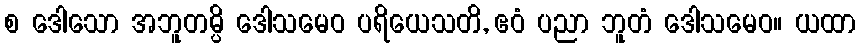
စ ဒေါသော အဘူတမ္ပိ ဒေါသမေဝ ပရိယေသတိ, ဧဝံ ပညာ ဘူတံ ဒေါသမေဝ။ ယထာ